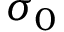
\sigma _ { 0 }